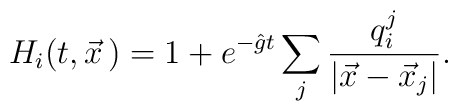
H_i(t,\vec x\,) = 1 + e^{-\hat{g}t}\sum_j{\frac{q_i^j}{|\vec x-\vec x_j|}}.